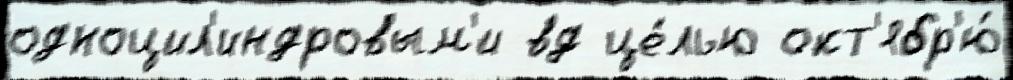
одноцил'индровым'и вд це́лью окт'ябр'ю́